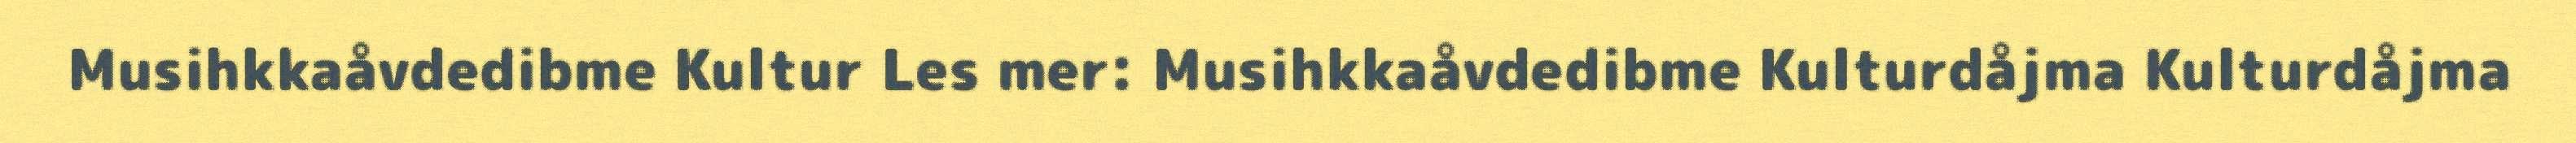
Musihkkaåvdedibme Kultur Les mer: Musihkkaåvdedibme Kulturdåjma Kulturdåjma